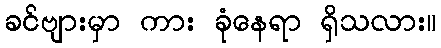
ခင်ဗျားမှာ ကား ခုံနေရာ ရှိသလား။